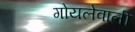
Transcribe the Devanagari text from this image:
गोयलेवाली